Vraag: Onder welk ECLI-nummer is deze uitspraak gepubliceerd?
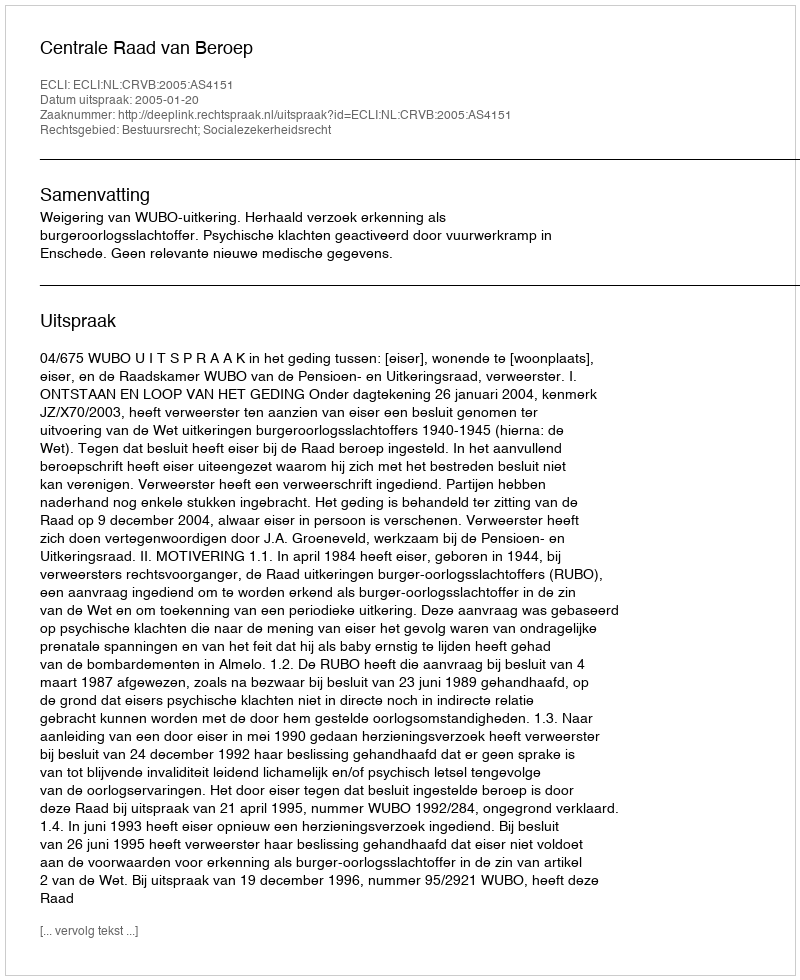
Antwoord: ECLI:NL:CRVB:2005:AS4151